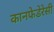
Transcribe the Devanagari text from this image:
कानफेडेरेसी